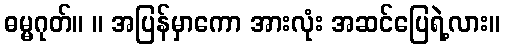
ဓမ္မဂုတ်။ ။ အပြန်မှာကော အားလုံး အဆင်ပြေရဲ့လား။